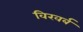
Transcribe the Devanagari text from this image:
विखर्ब